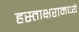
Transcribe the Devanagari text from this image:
हस्ताक्षरामध्ये